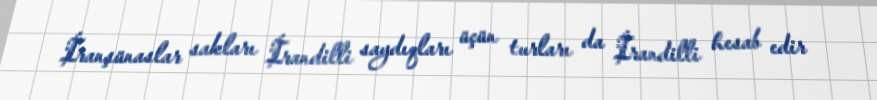
İranşünaslar sakları İrandilli saydıqları üçün turları da İrandilli hesab edir